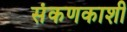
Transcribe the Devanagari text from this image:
संकणकाशी